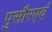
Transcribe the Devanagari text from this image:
पुसौरएवं